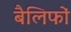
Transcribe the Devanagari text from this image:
बैलिफों